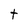
Character: t